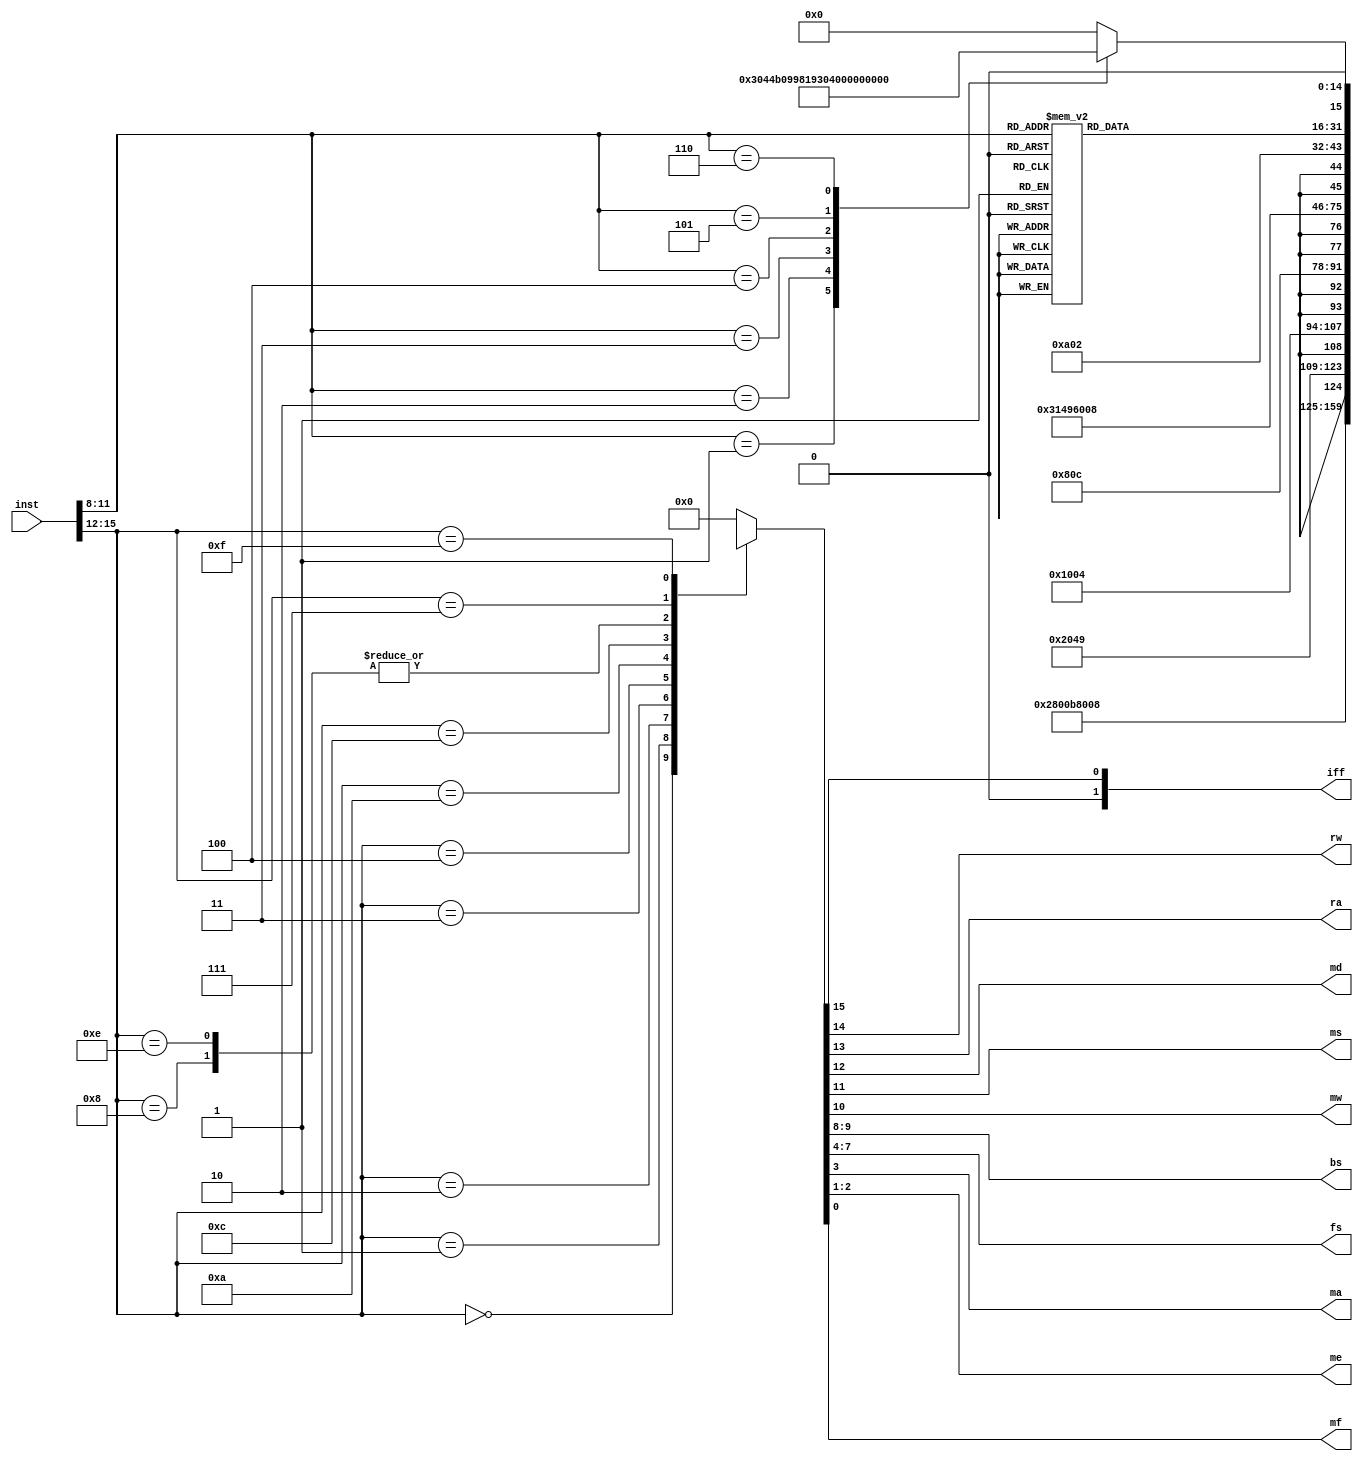
`timescale 1ns / 1ps
//////////////////////////////////////////////////////////////////////////////////
// Company: UTD, Dr. Bhatia CE 6370.001
// 
// Design Name: 
// Module Name: tb_decoder
// Project Name: customMCU
// Target Devices: Zybo Z-10
// Tool Versions: 
// Description: Sends control signals to the MCU to direct control flow
// 
// Dependencies: 
// 
// Revision:
// Revision 0.01 - File Created
//  1.1 - Adjusted outputs for SC & SZ, included custom instructions
// Additional Comments:
//
// - Double check to make sure that undefined (x) is synthesizable, otherwise set to 0
// - reduce custom insts down to 8 bits
// 
//////////////////////////////////////////////////////////////////////////////////


module decoder(
    input [15:0] inst,
    output [1:0] iff,
    output rw,
    output ra,
    output md,
    output ms,
    output mw,
    output [1:0] bs,
    output [3:0] fs,
    output ma,
    output [1:0] me,
    output mf
    );
    
    reg [3:0] opCode;
    reg [3:0] noAdOpCode;
    reg [15:0] tempOut;
    
    always @(*)
    begin
        //iff_rw_ra_md_ms_mw_bs_fs_ma_me_mf
        //TODO: Probably a better way to init this
        opCode[3]<=inst[15];
        opCode[2]<=inst[14];
        opCode[1]<=inst[13];
        opCode[0]<=inst[12];
        //TODO: As above probably better way to init
        noAdOpCode[3] <= inst[11];
        noAdOpCode[2] <= inst[10];
        noAdOpCode[1] <= inst[9];
        noAdOpCode[0] <= inst[8];
        case(opCode)
            //LDA
            4'b0000:
            begin
                tempOut <= 16'b0_1_0_1_0_0_00_0000_0_00_1;
            end
            //LDB
            4'b0001:
            begin
                tempOut <= 16'b0_1_1_1_0_0_00_0000_0_00_1;
            end
            //STA
            4'b0010:
            begin
                tempOut <= 16'b0_0_0_x_0_1_00_0000_1_00_1;
            end
            //STB
            4'b0011:
            begin
                tempOut <= 16'b0_0_1_x_0_1_00_0000_0_00_1;
            end
            //JMP
            4'b0100:
            begin
                tempOut <= 16'b0_0_x_x_0_0_10_0000_0_01_1;
            end
            //JSR
            4'b1000:
            begin
                tempOut <= 16'b0_0_x_x_1_0_10_0000_0_01_0;
            end
            //PUSHA
            4'b1010:
            begin
                tempOut <= 16'b0_0_x_x_1_1_00_0101_0_01_0;
            end
            //POPA
            4'b1100:
            begin
                tempOut <= 16'b0_1_0_1_1_0_00_0000_0_01_0;
            end
            //RET
            4'b1110:
            begin
                tempOut <= 16'b0_0_x_x_1_0_10_0000_0_01_0;
            end
            //No Address format
            4'b0111:
            begin
                case(noAdOpCode)
                    //ADD
                    4'b0001:
                    begin
                        tempOut <= 16'b0_1_0_0_0_0_00_0001_1_00_1;
                    end
                    //AND
                    4'b0010:
                    begin
                        tempOut <= 16'b0_1_0_0_0_0_00_0010_1_00_1;
                    end
                    //CLA
                    4'b0011:
                    begin
                        tempOut <= 16'b0_1_0_0_0_0_00_0011_1_00_0;
                    end
                    //CLB
                    4'b0100:
                    begin
                        tempOut <= 16'b0_1_1_0_0_0_00_0011_0_00_0;
                    end
                    //CMB
                    4'b0101:
                    begin
                        tempOut <= 16'b0_1_1_0_0_0_00_0110_0_00_0;
                    end
                    //INCB
                    4'b0110:
                    begin
                        tempOut <= 16'b0_1_1_0_0_0_00_0100_0_00_0;
                    end
                    //DECB
                    4'b0111:
                    begin
                        tempOut <= 16'b0_1_1_0_0_0_00_0101_0_00_0;
                    end
                    //CLC
                    4'b1000:
                    begin
                        tempOut <= 16'b0_0_x_x_0_0_00_0011_0_11_0;
                    end
                    //CLZ
                    4'b1001:
                    begin
                        tempOut <= 16'b0_0_x_x_0_0_00_0011_0_10_0;
                    end
                    //ION
                    4'b1010:
                    begin
                        tempOut <= 16'b1_0_0_0_1_1_00_0101_0_01_0;
                    end
                    //IOF
                    4'b1011:
                    begin
                        tempOut <= 16'b0_0_x_x_1_1_00_0000_0_00_0;
                    end
                    //SC
                    4'b1100:
                    begin
                        tempOut <= 16'b0_0_x_x_0_0_11_0111_0_11_0;
                    end
                    //SZ
                    4'b1101:
                    begin
                        tempOut <= 16'b0_0_0_0_0_0_11_0111_0_10_0;
                    end
                    default:
                    begin
                        tempOut <= 16'b0_0_0_0_0_0_00_0000_0_00_0;
                    end
                endcase
            end
            //custom case
            4'b1111:
            begin
                case(noAdOpCode)
                //xor
                4'b0001:
                begin
                    tempOut <= 16'b0_1_1_0_0_0_00_1000_1_00_1;
                end
                //or
                4'b0010:
                begin
                    tempOut <= 16'b0_1_1_0_0_00_1001_1_00_1;
                end
                //shift left
                4'b0011:
                begin
                    tempOut <= 16'b0_1_0_0_0_0_00_1100_1_00_1;
                end
                //shift right
                4'b0100:
                begin
                    tempOut <= 16'b0_1_0_0_0_0_00_1101_1_00_1;
                end
                //shift left by 1
                4'b0101:
                begin
                    tempOut <= 16'b0_1_0_0_0_0_00_1110_1_00_1;
                end
                //shift right by 1
                4'b0110:
                begin
                    tempOut <= 16'b0_1_0_0_0_0_00_1111_1_00_1;
                end
                default:
                begin
                    tempOut <= 16'b0_0_0_0_0_0_0_0000_00_0_0;
                end
                endcase
            end
            default:
            begin
                tempOut <= 16'b0_0_0_0_0_0_0_0000_00_0_0;
            end
            
        endcase
    end
    
    assign iff = tempOut[15];
    assign rw = tempOut[14];
    assign ra = tempOut[13];
    assign md = tempOut[12];
    assign ms = tempOut[11];
    assign mw = tempOut[10];
    assign bs = tempOut[9:8];
    assign fs = tempOut[7:4];
    assign ma = tempOut[3];
    assign me = tempOut[2:1];
    assign mf = tempOut[0];
    
endmodule